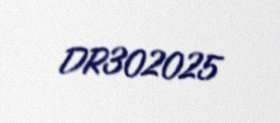
DR302025